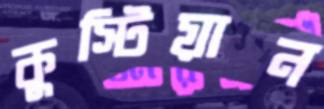
কুস্টিয়ান